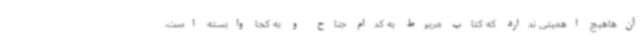
آن‌هاهیچ اهمیتی ندارد که کتاب مربوط به کدام جناح و به کجا وابسته است،